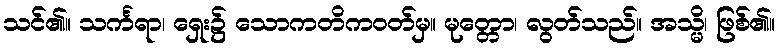
သင်၏။ သင်္ကရာ၊ ရှေး၌ သောကတိကဝတ်မှ။ မုတ္တော၊ လွတ်သည်။ အသ္မိ၊ ဖြစ်၏။